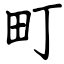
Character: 町